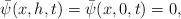
LaTeX: \begin{align*} \bar \psi(x, h, t)=\bar \psi(x, 0,t)=0,\end{align*}